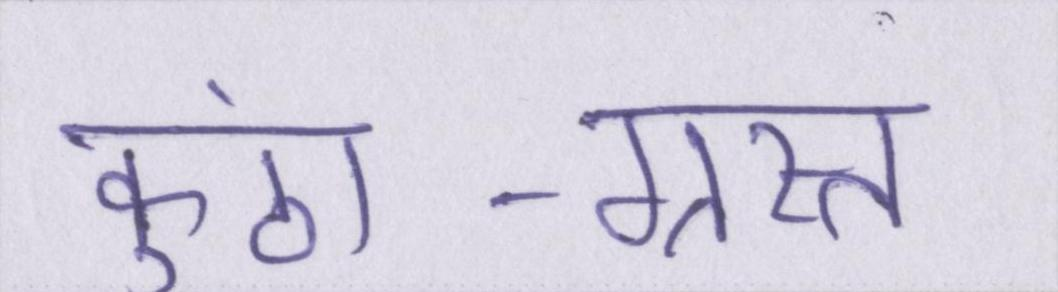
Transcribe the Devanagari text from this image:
कुंठा-ग्रस्त